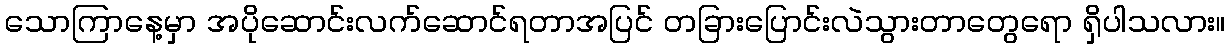
သောကြာနေ့မှာ အပိုဆောင်းလက်ဆောင်ရတာအပြင် တခြားပြောင်းလဲသွားတာတွေရော ရှိပါသလား။